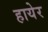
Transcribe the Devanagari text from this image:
हायेर